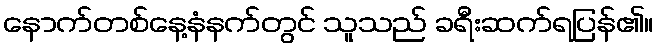
နောက်တစ်နေ့နံနက်တွင် သူသည် ခရီးဆက်ရပြန်၏။